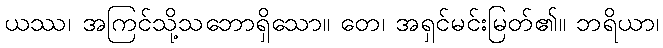
ယဿ၊ အကြင်သို့သဘောရှိသော။ တေ၊ အရှင်မင်းမြတ်၏။ ဘရိယာ၊